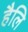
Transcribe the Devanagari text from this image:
हैलि